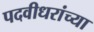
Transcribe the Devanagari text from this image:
पदवीधरांच्या